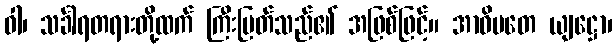
ဝါ၊ သင်္ခါရတရားတို့ထက် ကြီးမြတ်သည်၏ အဖြစ်ဖြင့်။ အာဓိပတေ ယျဋ္ဌော၊